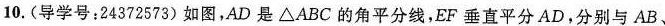
10.(导学号：24372573)如图，AD是\triangle ABC的角平分线，EF垂直平分AD，分别与AB、